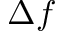
\Delta f